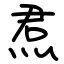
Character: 焄